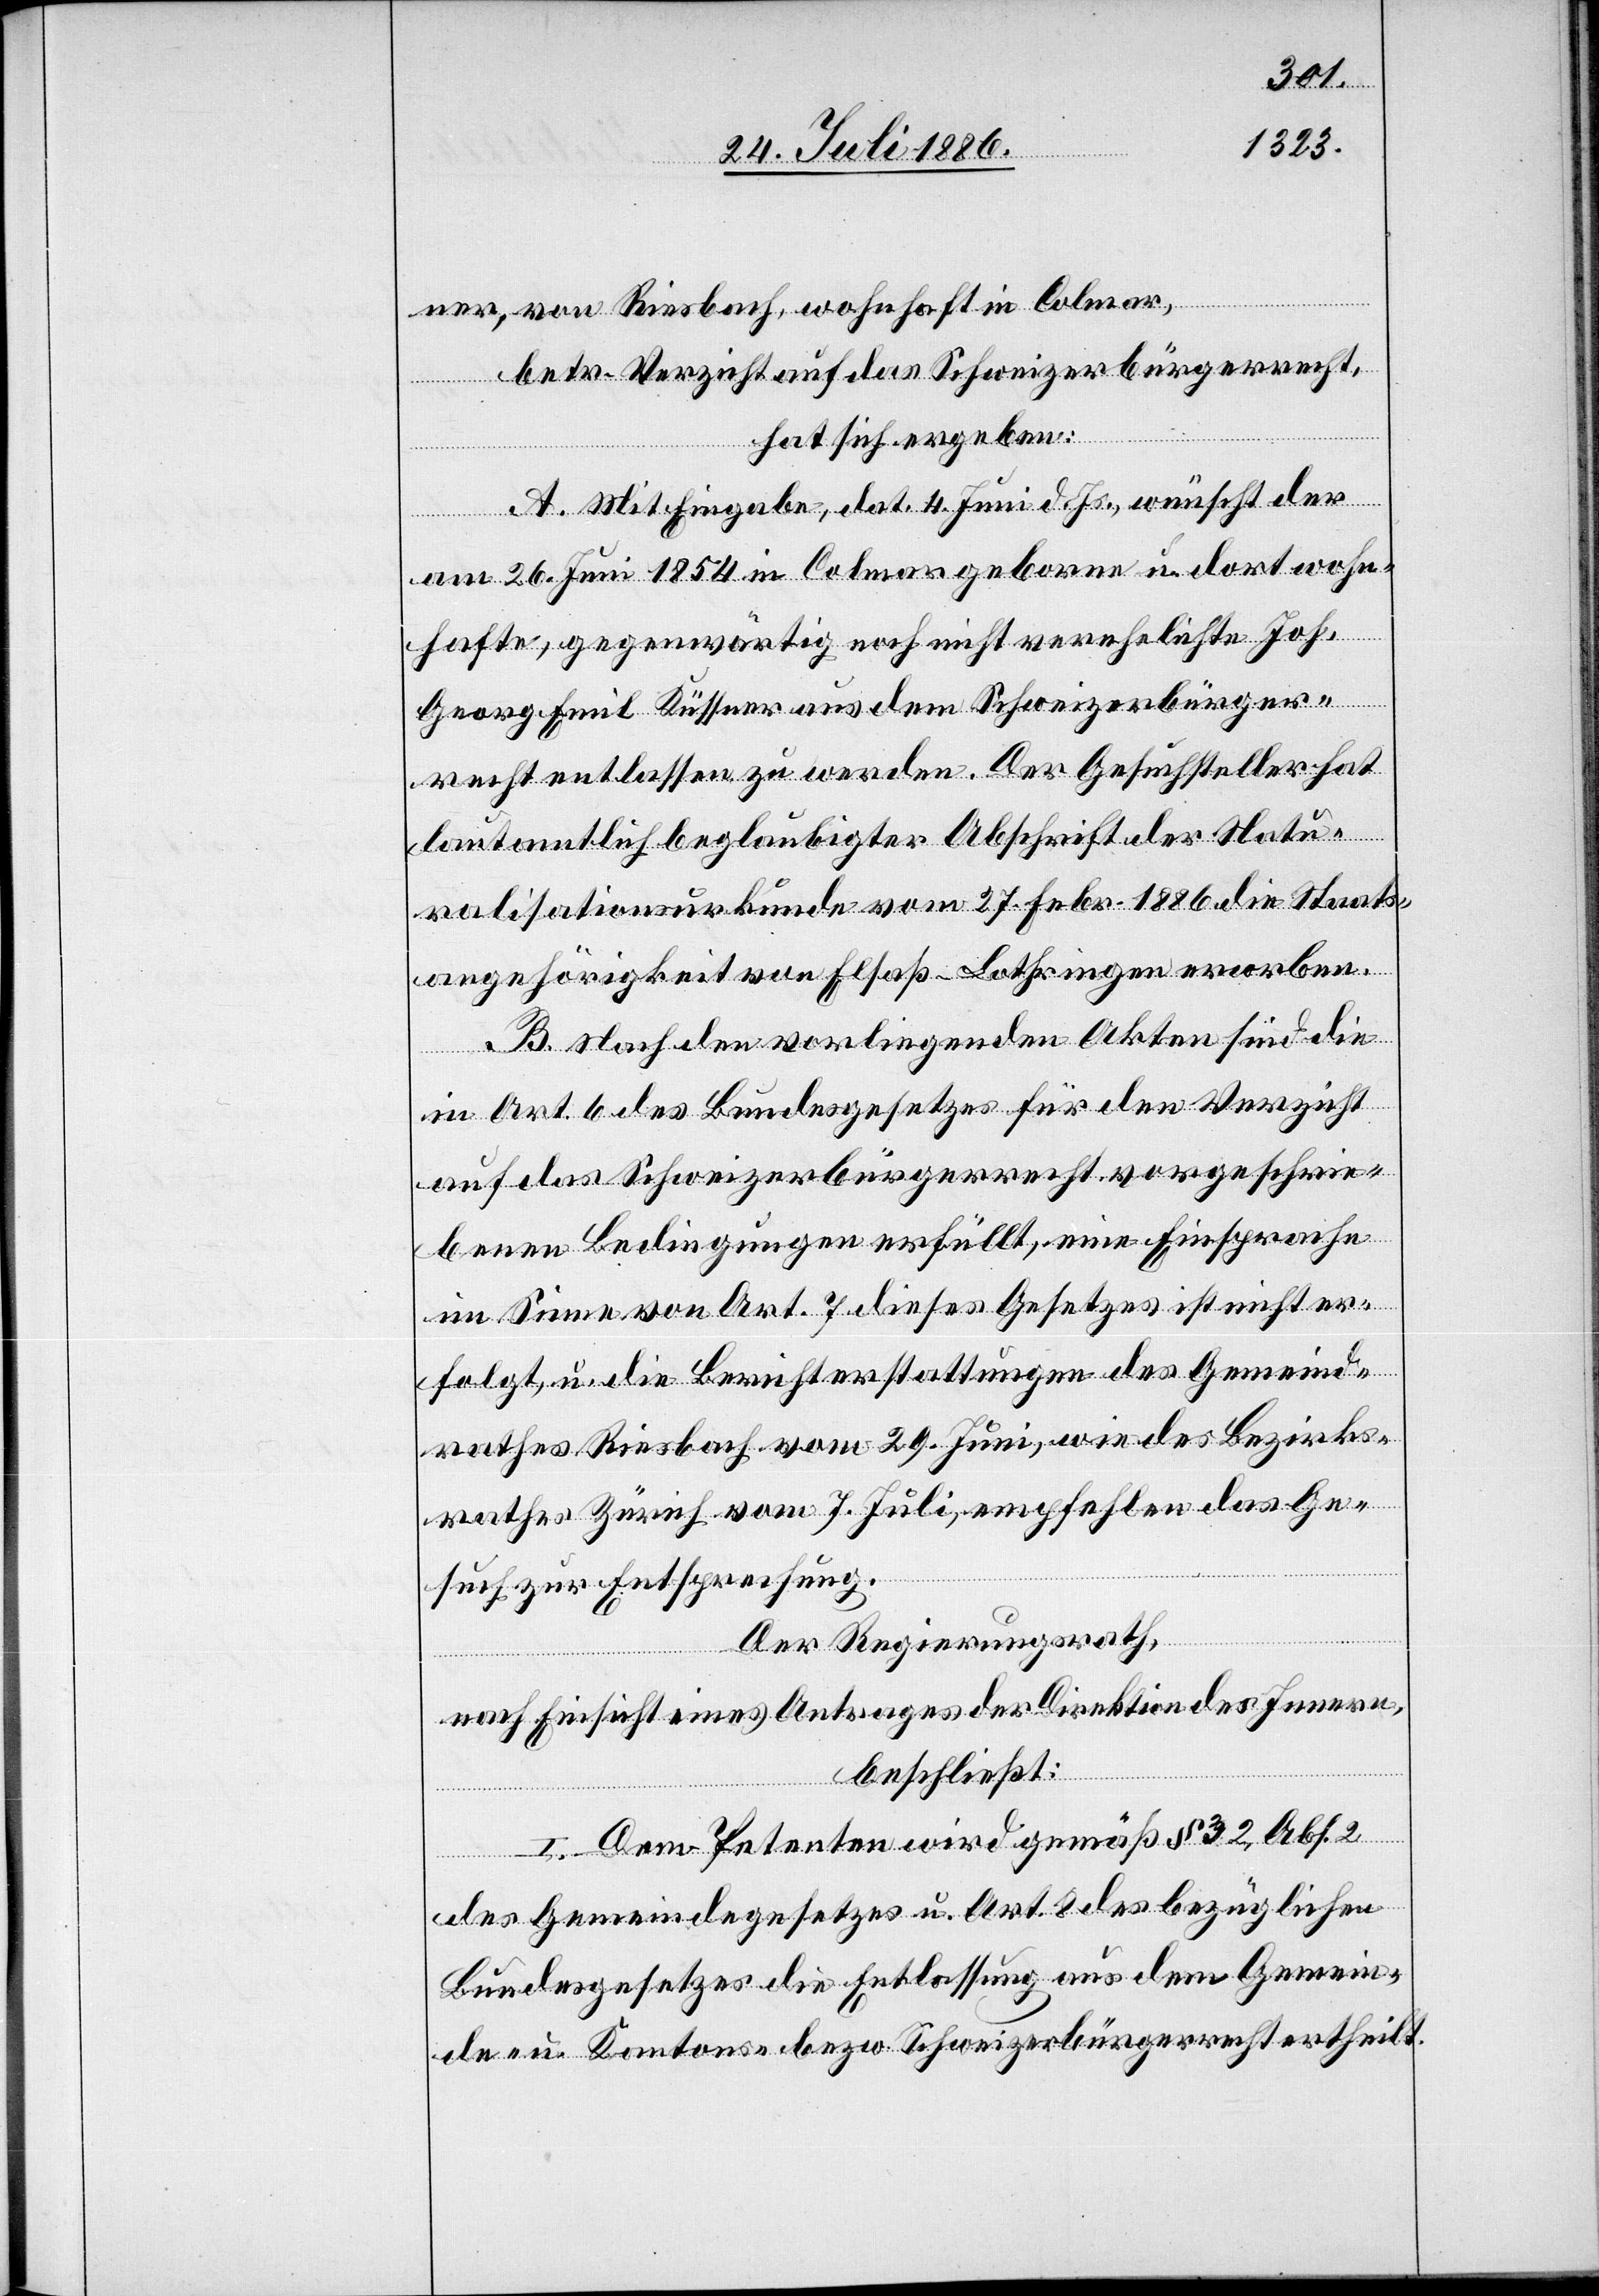
ner, von Riesbach, wohnhaft in Colmar,
betr. Verzicht auf das Schweizerbürgerrecht,
hat sich ergeben:
A. Mit Eingabe, dat. 4. Juni d. Js., wünscht der
am 26. Juni 1854 in Colmar geborene u. dort wohn¬
hafte, gegenwärtig noch nicht verehelichte Joh.
Georg Emil Küssner aus dem Schweizerbürger¬
recht entlassen zu werden. Der Gesuchsteller hat
laut amtlich beglaubigter Abschrift der Natu¬
ralisationsurkunde vom 27. Febr. 1886 die Staats¬
angehörigkeit von Elsaß-Lothringen erworben.
B. Nach den vorliegenden Akten sind die
in Art. 6 des Bundesgesetzes für den Verzicht
auf das Schweizerbürgerrecht vorgeschrie¬
benen Bedingungen erfüllt, eine Einsprache
im Sinne von Art. 7 dieses Gesetzes ist nicht er¬
folgt, u. die Berichterstattungen des Gemeind¬
rathes Riesbach vom 29. Juni, wie des Bezirks¬
rathes Zürich vom 7. Juli, empfehlen das Ge¬
such zur Entsprechung.
Der Regierungsrath,
nach Einsicht eines Antrages der Direktion des Innern,
beschließt:
I. Dem Petenten wird gemäß § 32, Abs. 2
des Gemeindegesetzes u. Art. 8 des bezüglichen
Bundesgesetzes die Entlassung aus dem Gemein¬
de- z. Kantons- bezw. Schweizerbürgerrecht ertheilt.